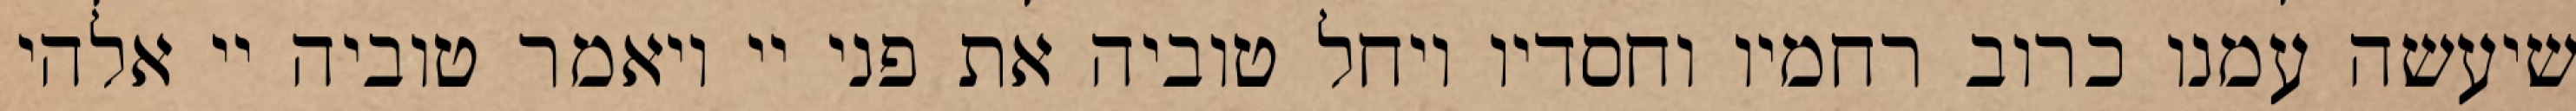
שיעשה עמנו כרוב רחמיו וחסדיו ויחל טוביה את פני יי ויאמר טוביה יי אלהי